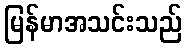
မြန်မာအသင်းသည်